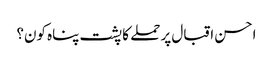
احسن اقبال پر حملے کا پشت پناہ کون؟